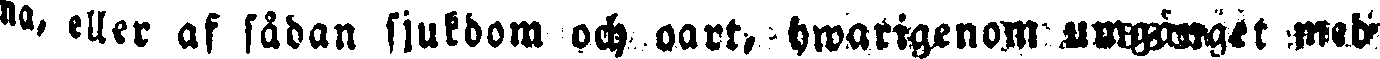
na, eller af sådan sjukdom och oart, hwarigenom umgånget med